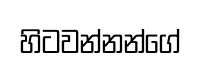
හිටවන්නන්ගේ